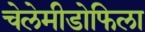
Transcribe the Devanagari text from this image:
चेलेमीडोफिला